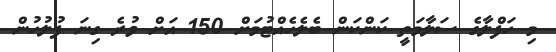
މި ހަފްލާގެ ސަލާމަތީ ކަންކަން ބެލެހެއްޓުމަށް 150 އަށް ވުރެ ގިނަ ފުލުހުން